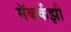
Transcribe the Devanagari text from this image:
मॅककेंझी